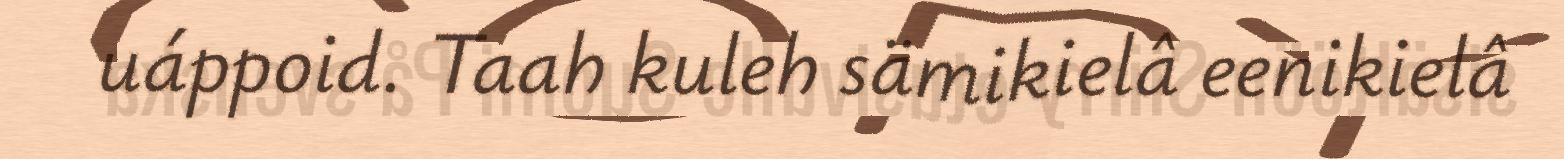
uáppoid. Taah kuleh sämikielâ eenikielâ